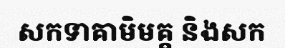
សកទាគាមិមគ្គ និងសក